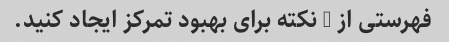
فهرستی از 5 نکته برای بهبود تمرکز ایجاد کنید.